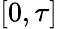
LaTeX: \left[0,\tau\right]